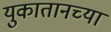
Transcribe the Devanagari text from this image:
युकातानच्या